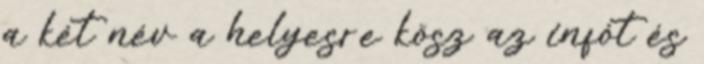
a két név a helyesre kösz az infót és